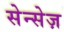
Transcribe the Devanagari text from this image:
सेन्सेज़